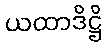
ယထာဒိဋ္ဌိ